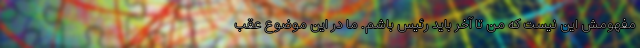
مفهومش این نیست که من تا آخر باید رئیس باشم. ما در این موضوع عقب